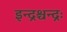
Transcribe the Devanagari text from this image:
इन्द्रश्चन्द्रः